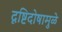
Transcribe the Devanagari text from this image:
दृष्टिदोषामुळे